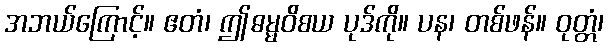
အဘယ်ကြောင့်။ ဧတံ၊ ဤဓမ္မဝိစယ ပုဒ်ကို။ ပန၊ တစ်ဖန်။ ဝုတ္တံ၊